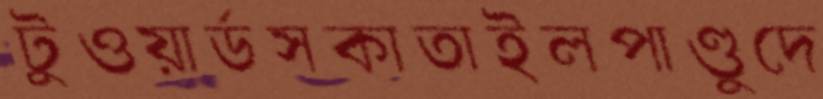
টুওয়ার্ডসকাতাইলপাণ্ডুদে